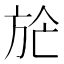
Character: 𣃢